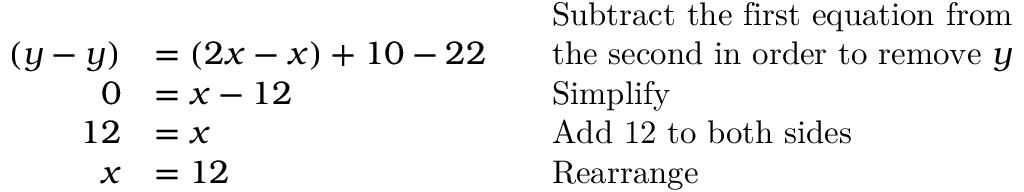
{ \begin{array} { r l r l } & { } & & { { \mathrm { S u b t r a c t ~ t h e ~ f i r s t ~ e q u a t i o n ~ f r o m } } } \\ { ( y - y ) } & { = ( 2 x - x ) + 1 0 - 2 2 } & & { { \mathrm { t h e ~ s e c o n d ~ i n ~ o r d e r ~ t o ~ r e m o v e ~ } } y } \\ { 0 } & { = x - 1 2 } & & { { \mathrm { S i m p l i f y } } } \\ { 1 2 } & { = x } & & { { \mathrm { A d d ~ 1 2 ~ t o ~ b o t h ~ s i d e s } } } \\ { x } & { = 1 2 } & & { { \mathrm { R e a r r a n g e } } } \end{array} }